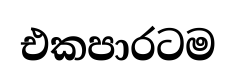
එකපාරටම